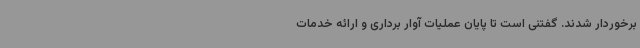
برخوردار شدند. گفتنی است تا پایان عملیات آوار برداری و ارائه خدمات